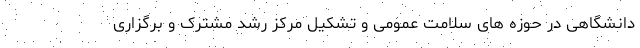
دانشگاهی در حوزه های سلامت عمومی و تشکیل مرکز رشد مشترک و برگزاری